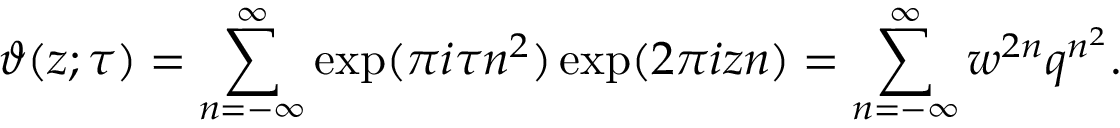
\vartheta ( z ; \tau ) = \sum _ { n = - \infty } ^ { \infty } \exp ( \pi i \tau n ^ { 2 } ) \exp ( 2 \pi i z n ) = \sum _ { n = - \infty } ^ { \infty } w ^ { 2 n } q ^ { n ^ { 2 } } .